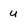
Character: u